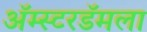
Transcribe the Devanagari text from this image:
ॲम्स्टरडॅमला